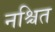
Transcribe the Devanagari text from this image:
नश्चित